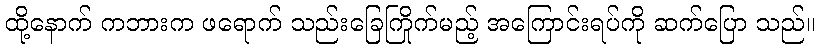
ထို့နောက် ကဘားက ဖရောက် သည်းခြေကြိုက်မည့် အကြောင်းရပ်ကို ဆက်ပြော သည်။